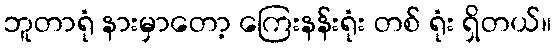
ဘူတာရုံ နားမှာတော့ ကြေးနန်းရုံး တစ် ရုံး ရှိတယ်။